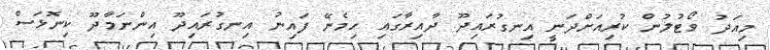
މިއަދު ވޯޓުލުން ކުރިއަށްދަނީ އިނގުރައިދޫ ދާއިރާގައި ހިމެނޭ ފައިނު އިނގުރައިދޫ އިންނަމާދޫ ކިނޮޅަސް